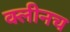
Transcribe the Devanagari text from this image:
क्लीनच